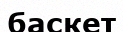
баскет